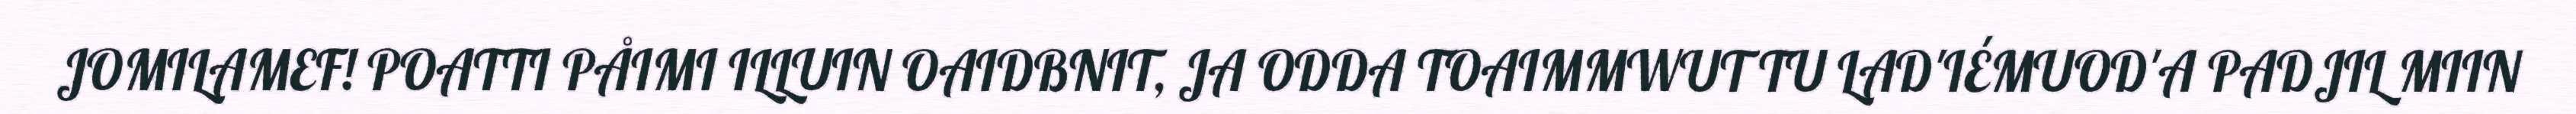
JOMILAMEF! POATTI PÅIMI ILLUIN OAIDBNIT, JA ODDA TOAIMMWUT TU LAD'IÉMUOD'A PADJIL MIIN